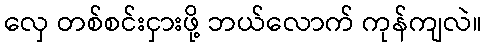
လှေ တစ်စင်းငှားဖို့ ဘယ်လောက် ကုန်ကျလဲ။